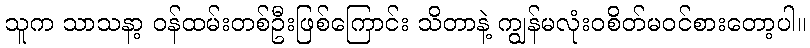
သူက သာသနာ့ ဝန်ထမ်းတစ်ဦးဖြစ်ကြောင်း သိတာနဲ့ ကျွန်မလုံးဝစိတ်မဝင်စားတော့ပါ။